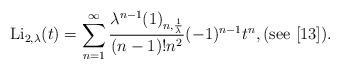
LaTeX: \begin{align*}\mathrm{Li}_{2,\lambda}(t)=\sum_{n=1}^{\infty}\frac{\lambda^{n-1}(1)_{n,\frac{1}{\lambda}}}{(n-1)!n^{2}}(-1)^{n-1}t^{n},(\mathrm{see}\ [13]).\end{align*}